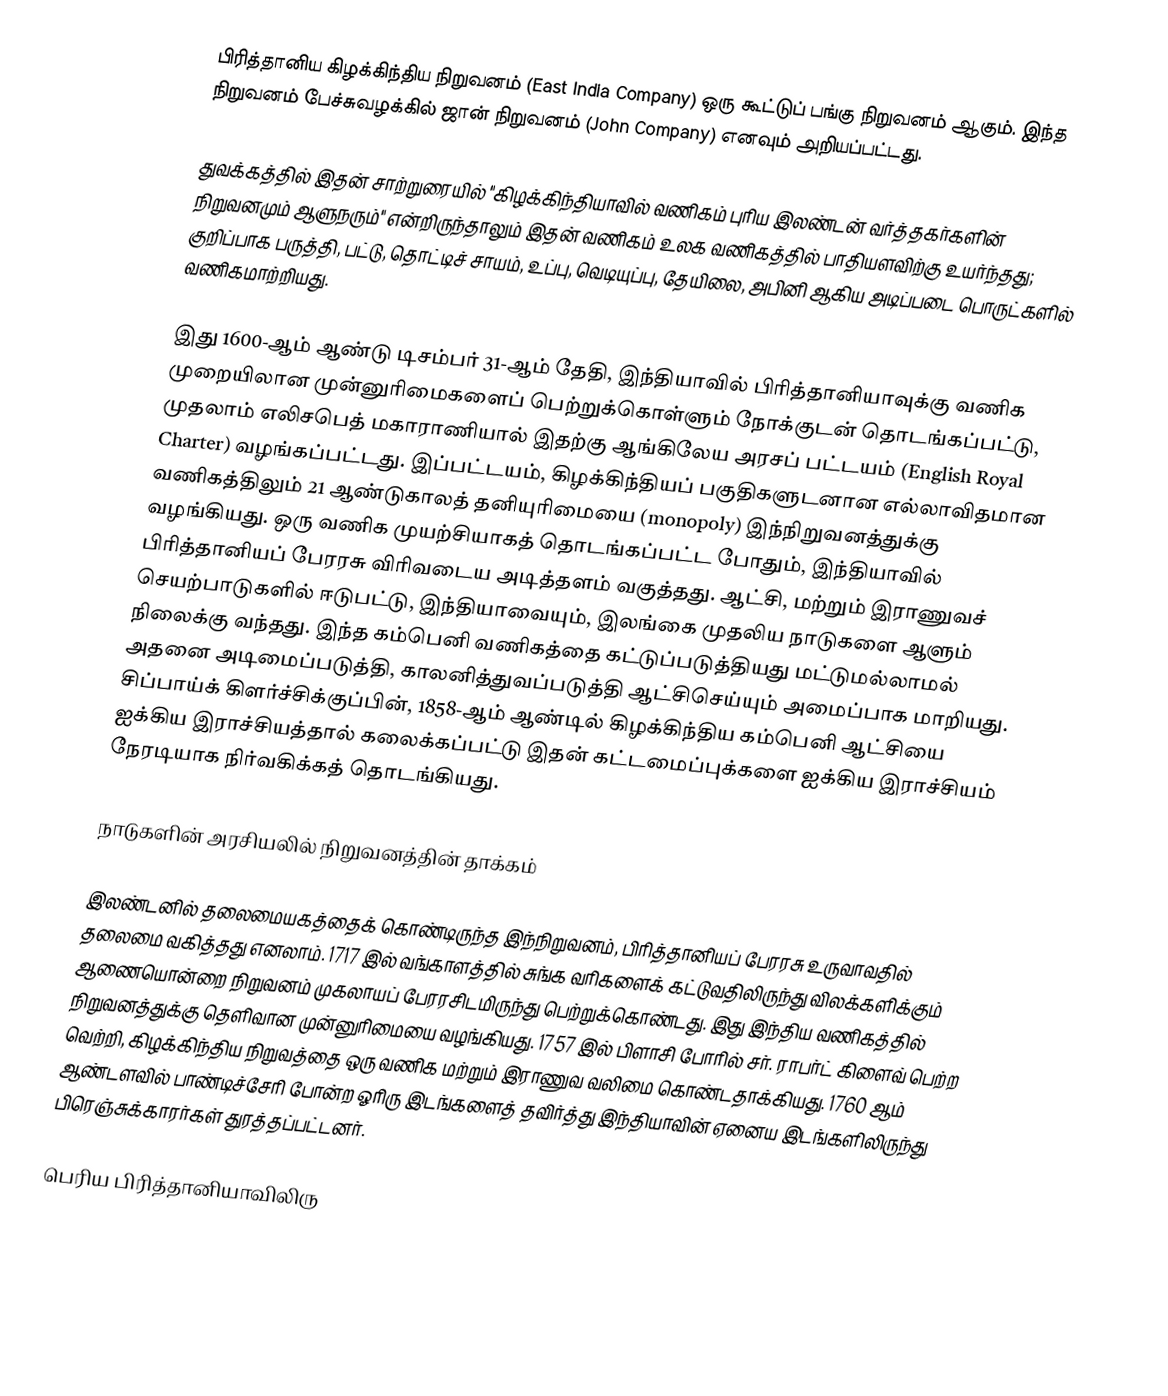
பிரித்தானிய கிழக்கிந்திய நிறுவனம்  (East India Company) ஒரு கூட்டுப் பங்கு நிறுவனம்  ஆகும். இந்த நிறுவனம் பேச்சுவழக்கில் ஜான் நிறுவனம் (John Company) எனவும் அறியப்பட்டது.

துவக்கத்தில் இதன் சாற்றுரையில்  "கிழக்கிந்தியாவில் வணிகம் புரிய இலண்டன் வர்த்தகர்களின் நிறுவனமும் ஆளுநரும்" என்றிருந்தாலும் இதன் வணிகம் உலக வணிகத்தில் பாதியளவிற்கு உயர்ந்தது; குறிப்பாக பருத்தி, பட்டு,  தொட்டிச் சாயம், உப்பு,  வெடியுப்பு, தேயிலை, அபினி  ஆகிய அடிப்படை பொருட்களில் வணிகமாற்றியது.

இது 1600-ஆம் ஆண்டு டிசம்பர் 31-ஆம் தேதி, இந்தியாவில் பிரித்தானியாவுக்கு வணிக முறையிலான முன்னுரிமைகளைப் பெற்றுக்கொள்ளும் நோக்குடன் தொடங்கப்பட்டு, முதலாம் எலிசபெத் மகாராணியால் இதற்கு ஆங்கிலேய அரசப் பட்டயம் (English Royal Charter) வழங்கப்பட்டது. இப்பட்டயம், கிழக்கிந்தியப் பகுதிகளுடனான எல்லாவிதமான வணிகத்திலும் 21 ஆண்டுகாலத் தனியுரிமையை (monopoly) இந்நிறுவனத்துக்கு வழங்கியது. ஒரு வணிக முயற்சியாகத் தொடங்கப்பட்ட போதும், இந்தியாவில் பிரித்தானியப் பேரரசு விரிவடைய அடித்தளம் வகுத்தது. ஆட்சி, மற்றும் இராணுவச் செயற்பாடுகளில் ஈடுபட்டு, இந்தியாவையும், இலங்கை முதலிய நாடுகளை ஆளும் நிலைக்கு வந்தது. இந்த கம்பெனி வணிகத்தை கட்டுப்படுத்தியது மட்டுமல்லாமல் அதனை அடிமைப்படுத்தி, காலனித்துவப்படுத்தி ஆட்சிசெய்யும் அமைப்பாக மாறியது. சிப்பாய்க் கிளர்ச்சிக்குப்பின், 1858-ஆம் ஆண்டில் கிழக்கிந்திய கம்பெனி ஆட்சியை ஐக்கிய இராச்சியத்தால் கலைக்கப்பட்டு இதன் கட்டமைப்புக்களை ஐக்கிய இராச்சியம் நேரடியாக நிர்வகிக்கத் தொடங்கியது.

நாடுகளின் அரசியலில் நிறுவனத்தின் தாக்கம்

இலண்டனில் தலைமையகத்தைக் கொண்டிருந்த இந்நிறுவனம், பிரித்தானியப் பேரரசு உருவாவதில் தலைமை வகித்தது எனலாம். 1717 இல் வங்காளத்தில் சுங்க வரிகளைக் கட்டுவதிலிருந்து விலக்களிக்கும் ஆணையொன்றை நிறுவனம் முகலாயப் பேரரசிடமிருந்து பெற்றுக்கொண்டது. இது இந்திய வணிகத்தில் நிறுவனத்துக்கு தெளிவான முன்னுரிமையை வழங்கியது. 1757 இல் பிளாசி போரில் சர். ராபர்ட் கிளைவ் பெற்ற வெற்றி, கிழக்கிந்திய நிறுவத்தை ஒரு வணிக மற்றும் இராணுவ வலிமை கொண்டதாக்கியது. 1760 ஆம் ஆண்டளவில் பாண்டிச்சேரி போன்ற ஓரிரு இடங்களைத் தவிர்த்து இந்தியாவின் ஏனைய இடங்களிலிருந்து பிரெஞ்சுக்காரர்கள் துரத்தப்பட்டனர்.

பெரிய பிரித்தானியாவிலிரு